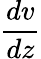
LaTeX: \frac{dv}{dz}